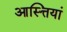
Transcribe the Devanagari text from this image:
आस्त्तियां